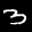
Label: 3